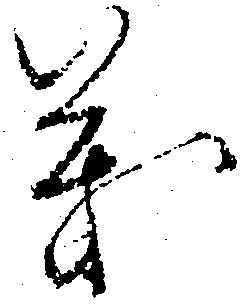
義